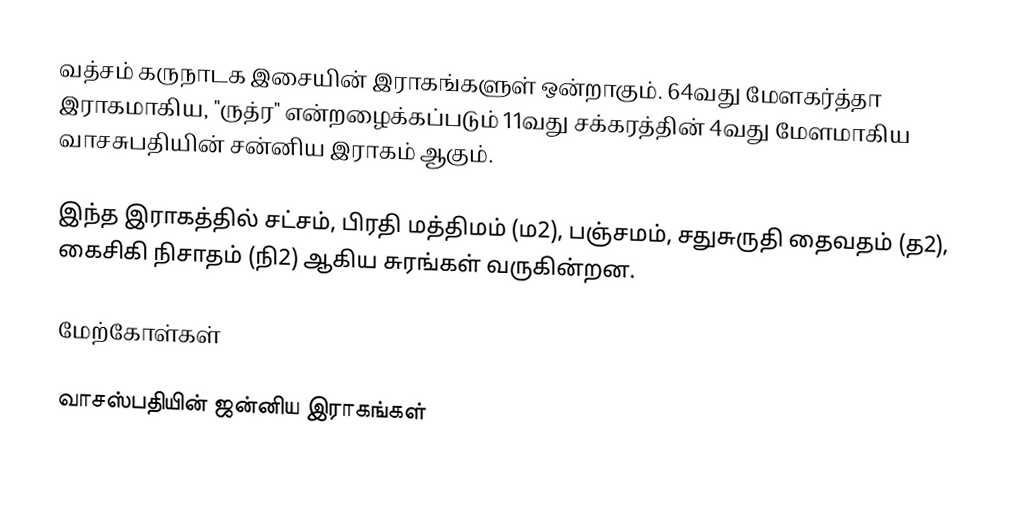
வத்சம் கருநாடக இசையின் இராகங்களுள் ஒன்றாகும். 64வது மேளகர்த்தா இராகமாகிய, "ருத்ர" என்றழைக்கப்படும் 11வது சக்கரத்தின் 4வது மேளமாகிய வாசசுபதியின் சன்னிய இராகம் ஆகும்.

இந்த இராகத்தில் சட்சம், பிரதி மத்திமம் (ம2), பஞ்சமம், சதுசுருதி தைவதம் (த2), கைசிகி நிசாதம் (நி2) ஆகிய சுரங்கள் வருகின்றன.

மேற்கோள்கள்

வாசஸ்பதியின் ஜன்னிய இராகங்கள்